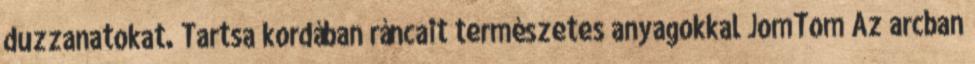
duzzanatokat. Tartsa kordában ráncait természetes anyagokkal JomTom Az arcban